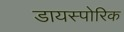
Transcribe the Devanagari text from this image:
डायस्पोरिक